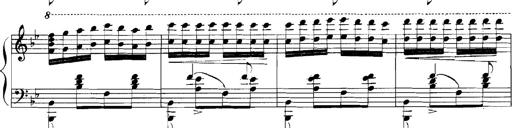
Title: Rhapsodies hongroises
Composer: Franz Liszt